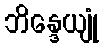
ဘိန္ဒေယျုံ